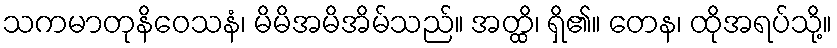
သကမာတုနိဝေသနံ၊ မိမိအမိအိမ်သည်။ အတ္ထိ၊ ရှိ၏။ တေန၊ ထိုအရပ်သို့။